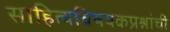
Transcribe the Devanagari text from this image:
साहित्यविषयकप्रश्नांची